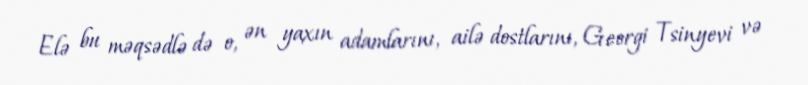
Elə bu məqsədlə də o, ən yaxın adamlarını, ailə dostlarını, Georgi Tsinyevi və